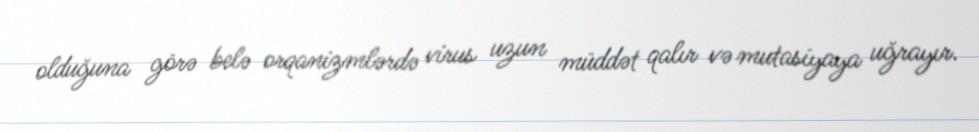
olduğuna görə belə orqanizmlərdə virus uzun müddət qalır və mutasiyaya uğrayır.